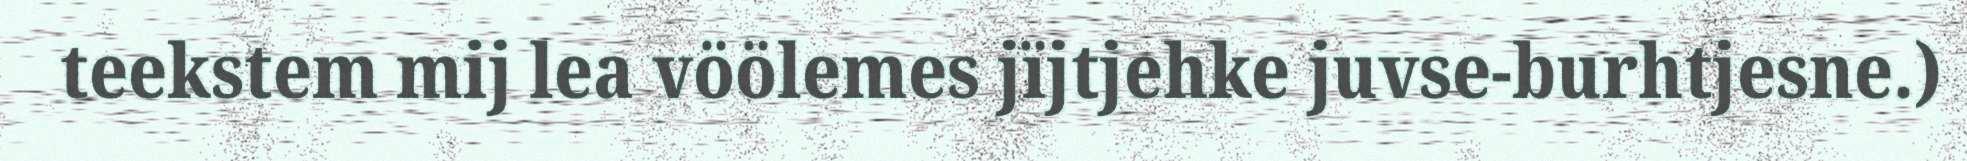
teekstem mij lea vöölemes jïjtjehke juvse-burhtjesne.)